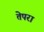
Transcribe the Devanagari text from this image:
तेपरा